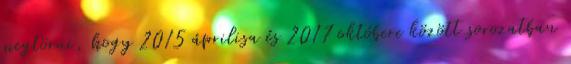
megtörni, hogy 2015 áprilisa és 2017 októbere között sorozatban